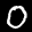
Label: 0